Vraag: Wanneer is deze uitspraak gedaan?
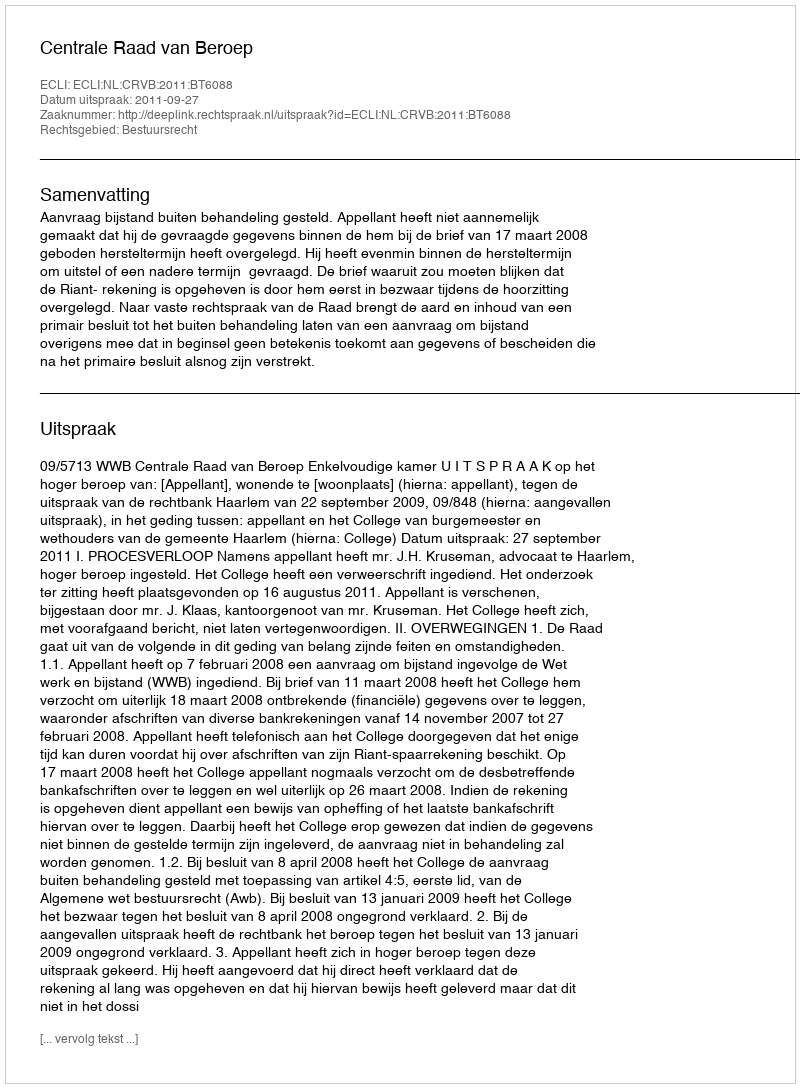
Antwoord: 2011-09-27